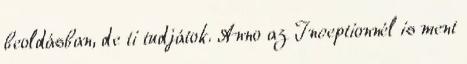
beoldásban, de ti tudjátok. Anno az Inceptionnél is ment